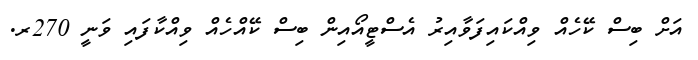
އަށް ބިސް ކޭހެއް ވިއްކައިފަވާއިރު އެސްޓީއޯއިން ބިސް ކޭއްހެއް ވިއްކާފައި ވަނީ 270ރ.